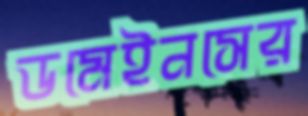
ডমেইনসের